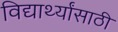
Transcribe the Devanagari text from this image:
विद्यार्थ्‍यांसाठी